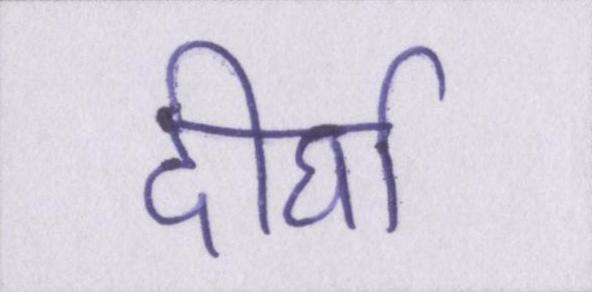
दीर्घा